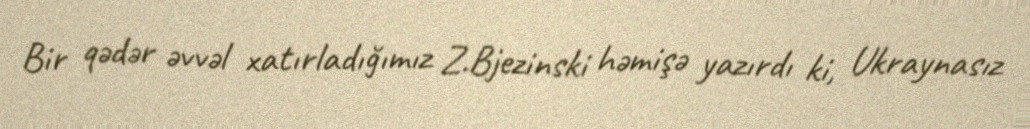
Bir qədər əvvəl xatırladığımız Z.Bjezinski həmişə yazırdı ki, Ukraynasız